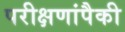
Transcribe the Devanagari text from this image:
परीक्षणांपैकी